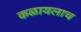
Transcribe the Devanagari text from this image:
कळायलाच